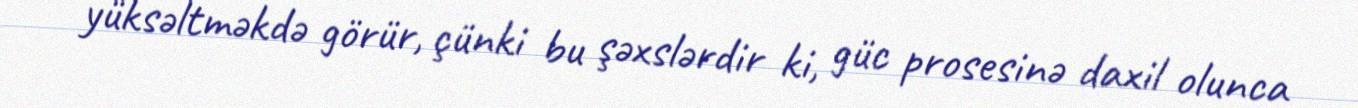
yüksəltməkdə görür, çünki bu şəxslərdir ki, güc prosesinə daxil olunca